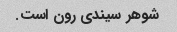
شوهر سیندی رون است.